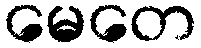
မေတေ